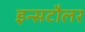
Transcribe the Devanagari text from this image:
इन्सटौलर